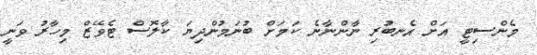
މެންސިޓީ އަށް އެނބުރި ނާންނާނެ ކަމަށް ބުނަމުންދިޔަ ކާލޮސް ޓެވޭޒް މިހާރު ވަނީ